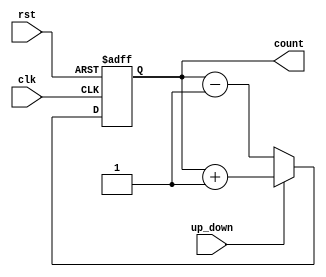
module gray_counter (
    input wire clk,
    input wire rst,
    input wire up_down,
    output reg [N-1:0] count
);

parameter N = 4; // Number of bits in counter

reg [N-1:0] gray_count;
reg [N-1:0] next_gray_count;

always @(posedge clk or posedge rst) begin
    if (rst) begin
        gray_count <= 0;
    end else begin
        if (up_down) begin
            next_gray_count = gray_count + 1;
        end else begin
            next_gray_count = gray_count - 1;
        end
        
        gray_count <= next_gray_count;
    end
end

assign count = gray_count;

endmodule